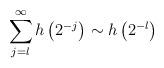
LaTeX: \begin{align*}\sum_{j=l}^\infty h\left(2^{-j}\right) \sim h\left(2^{-l}\right)\end{align*}